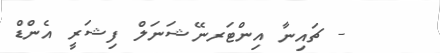
- ޗައިނާ އިންޓަރނޭޝަނަލް ފިޝަރީ އެންޑް